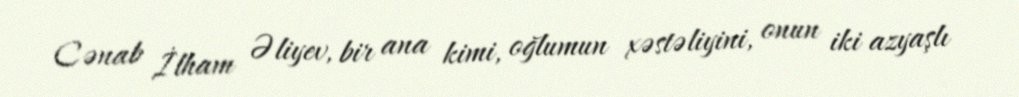
Cənab İlham Əliyev, bir ana kimi, oğlumun xəstəliyini, onun iki azyaşlı